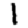
Digit: 1